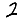
Digit: 2